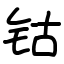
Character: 钴